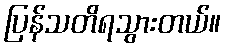
ပြန်သတိရသွားတယ်။